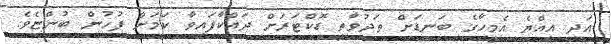
އަދި އިއްޔެ އެމީހާގެ ބަނޑަށް ތަދުވާތީ ޑޮކްޓަރަށް ދައްކާފައިވާ ކަމަށް ފުުހުން ބުންޏެވެ.